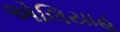
એલિયાહૂ